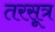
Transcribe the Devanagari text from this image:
तरसूत्र